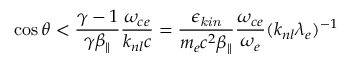
\cos \theta < \frac { \gamma - 1 } { \gamma \beta _ { \| } } \frac { \omega _ { c e } } { k _ { n l } c } = \frac { \epsilon _ { \mathit { k i n } } } { m _ { e } c ^ { 2 } \beta _ { \| } } \frac { \omega _ { c e } } { \omega _ { e } } ( k _ { n l } \lambda _ { e } ) ^ { - 1 }